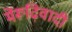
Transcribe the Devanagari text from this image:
मेंरूढ़िवादी